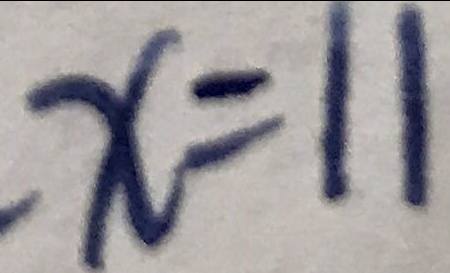
x = 1 1